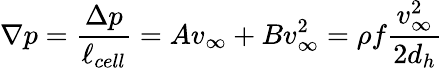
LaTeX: \nabla p=\frac{\Delta p}{\ell_{cell}}=Av_{\infty}+Bv_{\infty}^{2}=\rho f\frac{v_{\infty}^{2}}{2d_{h}}